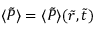
\langle \tilde { P } \rangle = \langle \tilde { P } \rangle ( \tilde { r } , \tilde { t } )